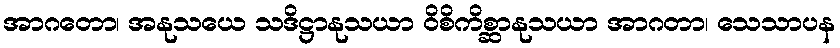
အာဂတော၊ အနုသယေ သဒိဋ္ဌာနုသယာ ဝိစိကိစ္ဆာနုသယာ အာဂတာ၊ သေသာပန